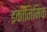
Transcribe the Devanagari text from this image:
इकॉनिमिक